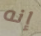
إنه